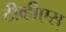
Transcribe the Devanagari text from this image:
टीव्हीएस्